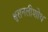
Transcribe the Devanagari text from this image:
श्वसनलीशोथ